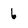
Character: 6